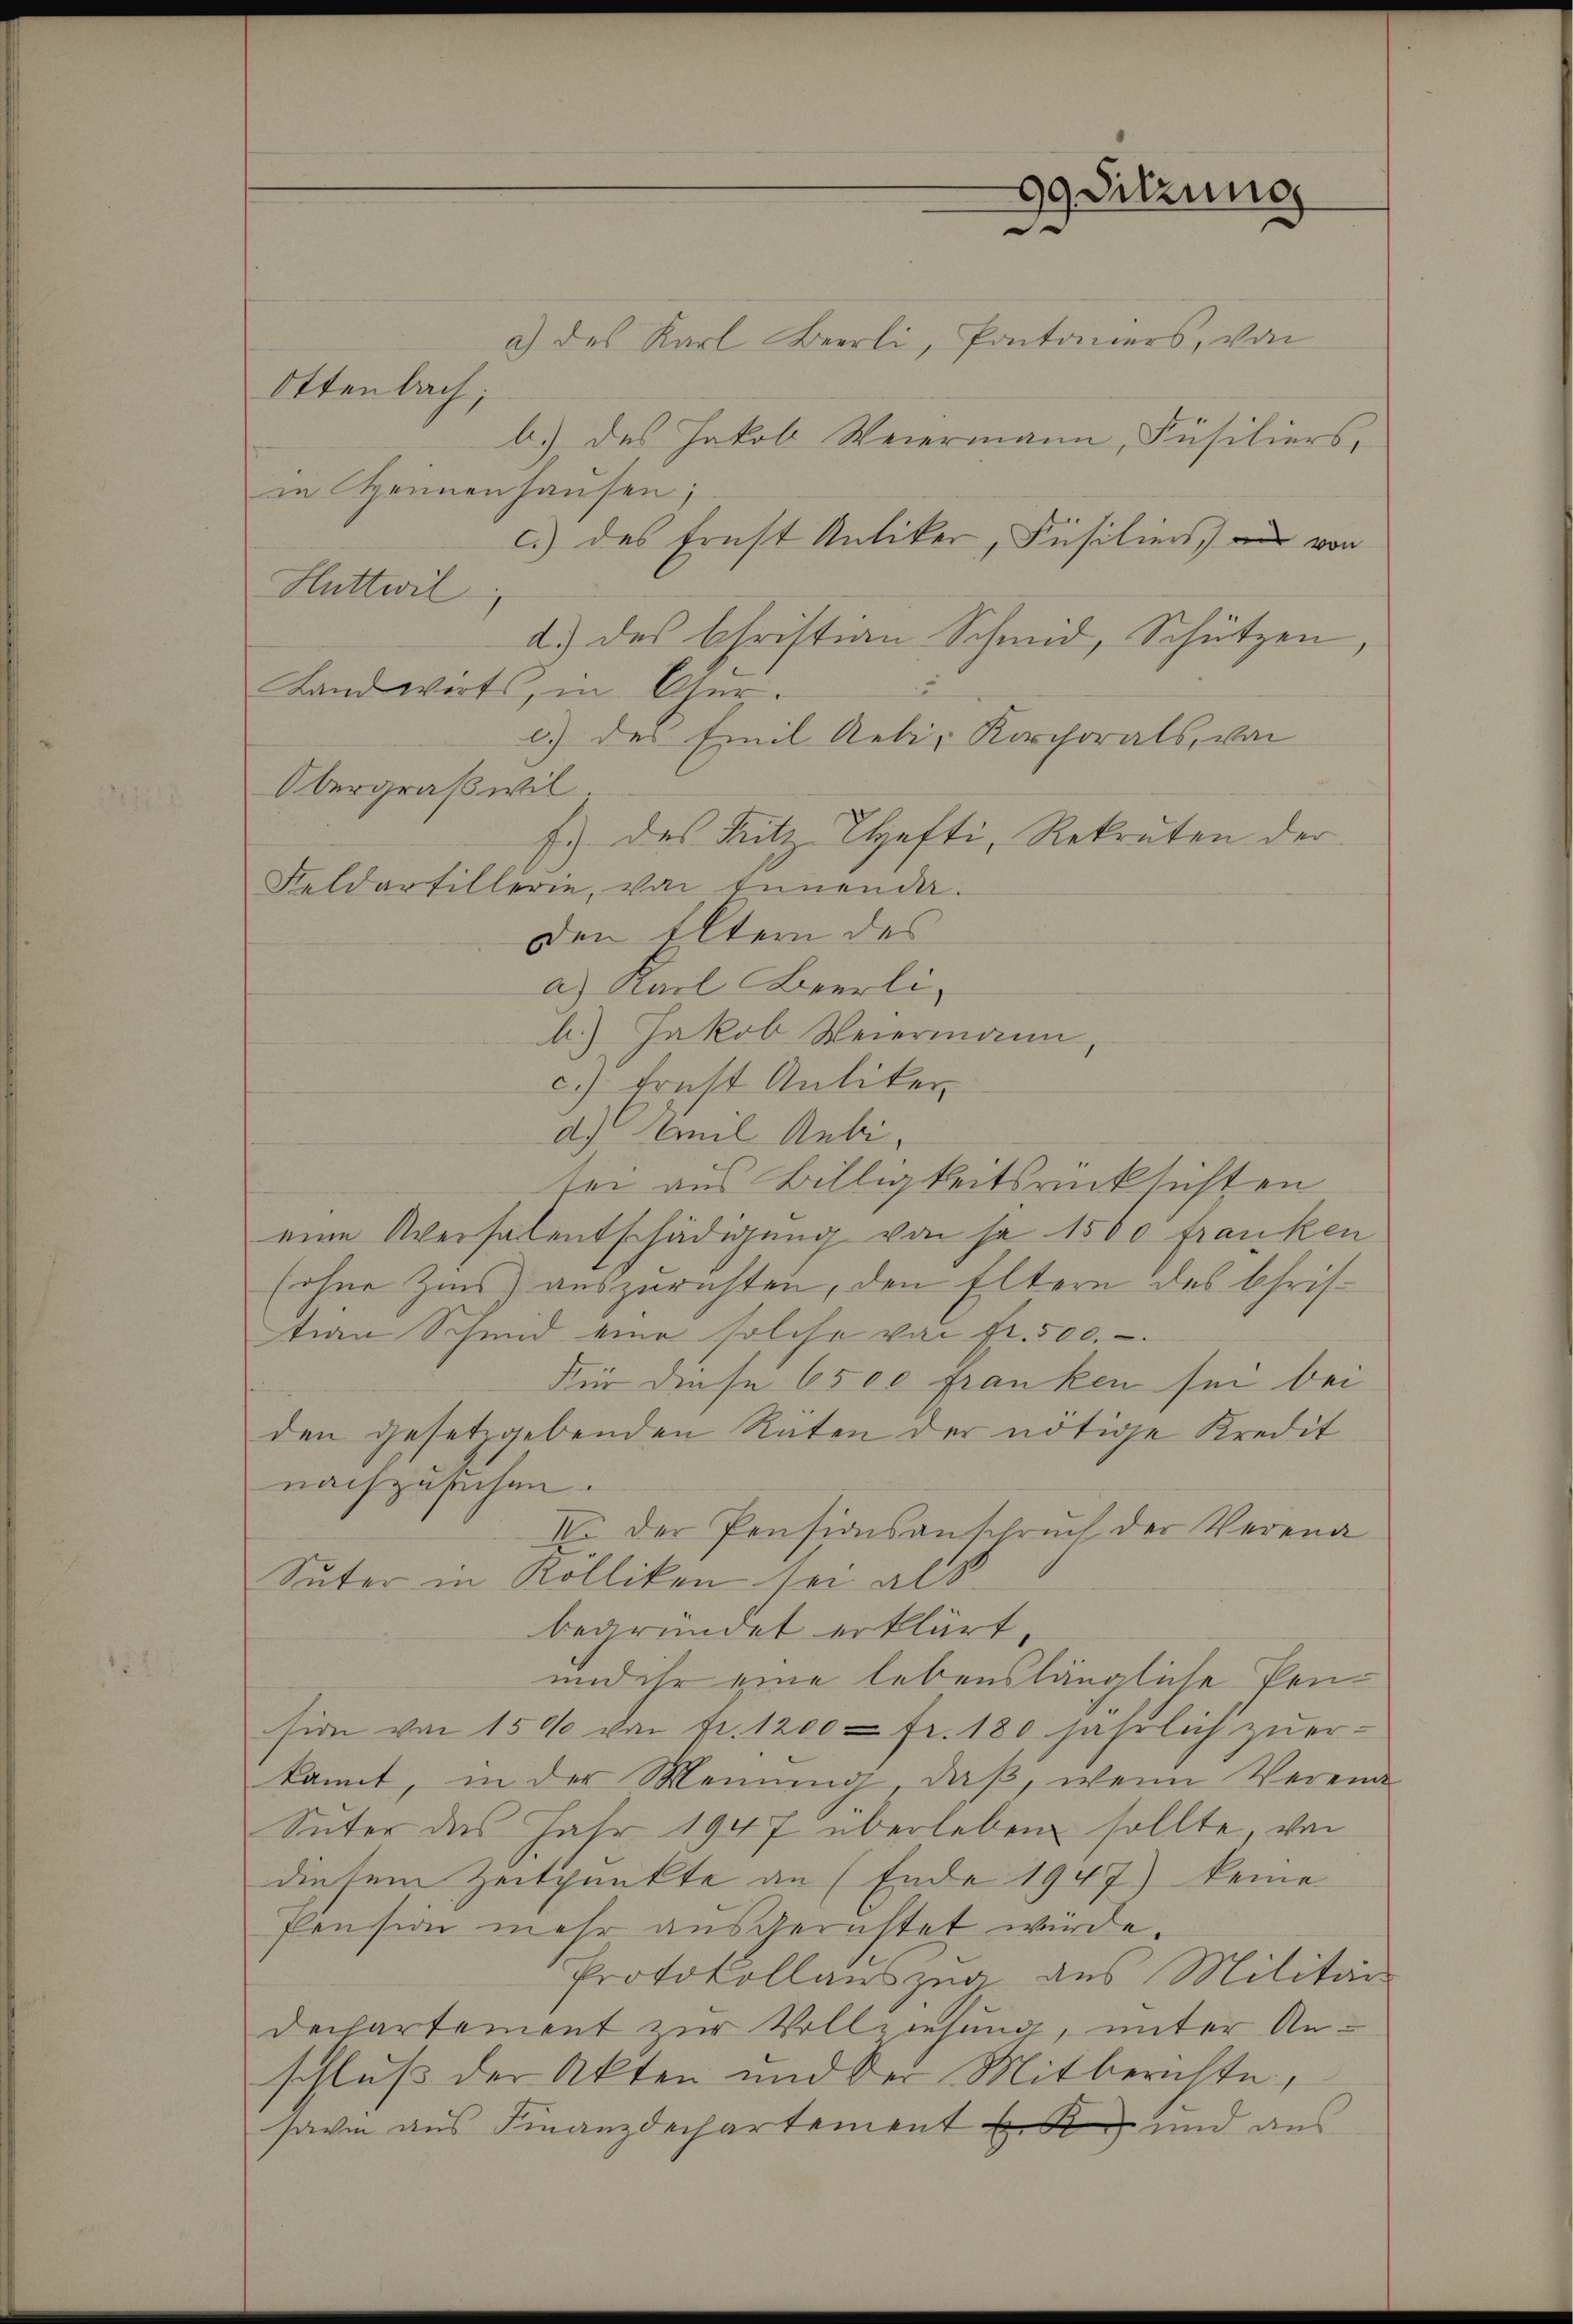
99 Sitzung

a) des Karl Beerli, Pontoniers, von
Ottenbach;
b.) des Jakob Weiermann, Füsiliers,
in Hennenhausen;
c.) des Ernst Antiker, Füsiliers, und von
Huttwil
d.) des Christian Schmid, Schützen,
Landwirts, in Ger.
c) der Emil Rebi- Korchorals, von
Obergräßwil.
f.) des Ritz hefti, Rekruten der
Feldarfillerin, von Ennender.
den Eltern des
a) Karl Beerli¬
A.) Jakob Weiermann.
c.) Ernst Anliter
d.) Weil Aebisei aus Billigkeitsrücksichten
eine Aversalentschädigung von je 1500 franken
(ohne Zins auszurichten, den Eltern des Christian Schmid eine solche von fr. 500.
Für diese 6500 Franken sei bei
den gesetzgebenden Räten der nötige Kreditnachzusuchen.
IV. Der Pensionsanspruch der Verena
Suter in Kölliken sei als
begründet erklärt.
und ihr eine lebenslängliche Pension von 150 von Fr. 1200 Fr. 180 jährlich zu erkannt, in der Meinung, daß, wenn Vereine
Suter des Jahr 1947 überleben sollte von
diesem Zeitpunkte an (Ende 1947) keine
Pension mehr ausgerichtet würde.
Protokollauszug aus Militär
Dechartement zur Vollziehung, unter Anschluß der Akten und der Mitberichte,
savi aus Finanzdechartement en und aus